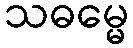
သဓမ္မေ